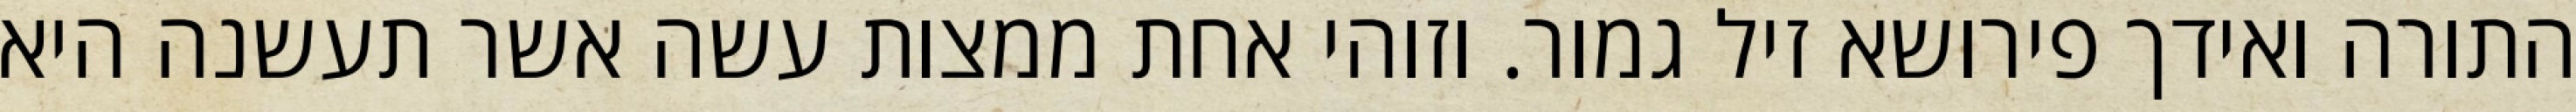
התורה ואידך פירושא זיל גמור. וזוהי אחת ממצות עשה אשר תעשנה היא